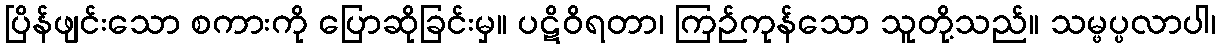
ပြိန်ဖျင်းသော စကားကို ပြောဆိုခြင်းမှ။ ပဋိဝိရတာ၊ ကြဉ်ကုန်သော သူတို့သည်။ သမ္ဖပ္ပလာပါ၊